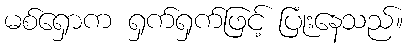
မစ်ရှောက ရှက်ရှက်ဖြင့် ပြုံးနေသည်။